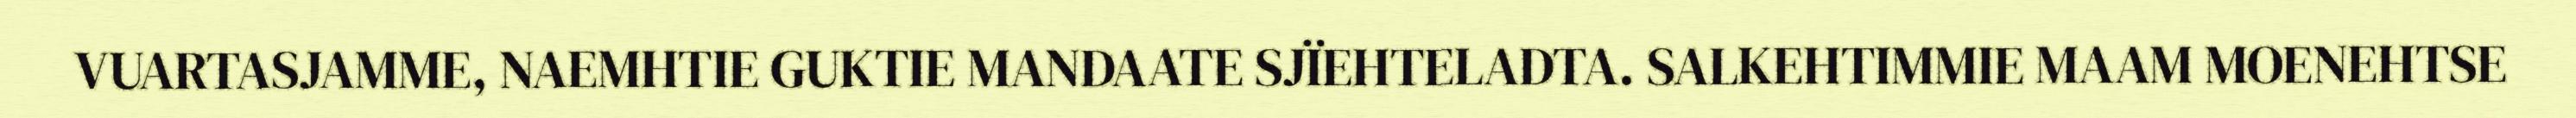
VUARTASJAMME, NAEMHTIE GUKTIE MANDAATE SJÏEHTELADTA. SALKEHTIMMIE MAAM MOENEHTSE